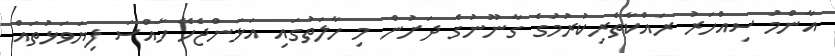
އާންމު ސިއްހަރު ރައްކާތެރިކުރުމުގެ ގާނޫނުގެ ދަށުން މި ހާލަތުގައި އަޅަންޖެހޭ ހާއްސަ ފިޔަވަޅުތައް